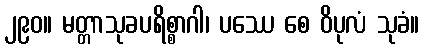
၂၉၀။ မတ္တာသုခပရိစ္စာဂါ၊ ပဿေ စေ ဝိပုလံ သုခံ။